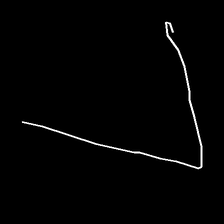
Glyph: region